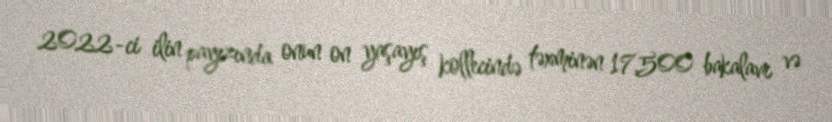
2022-ci ilin payızında onun on yaşayış kollecində təxminən 17,500 bakalavr və